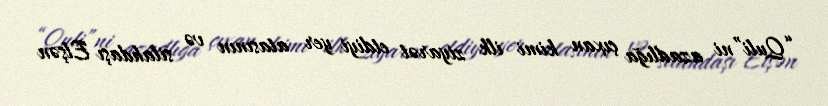
“Quli”ni azadlığa çıxan kimi ilk ziyarət etdiyi yer atasının və silahdaşı Elşən